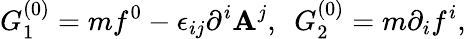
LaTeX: G_{1}^{(0)}=mf^{0}-\epsilon_{ij}\partial^{i}\mathbf{A}^{j},~~G_{2}^{(0)}=m\partial_{i}f^{i},